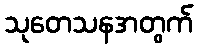
သုတေသနအတွက်